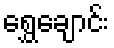
ရွှေချောင်း